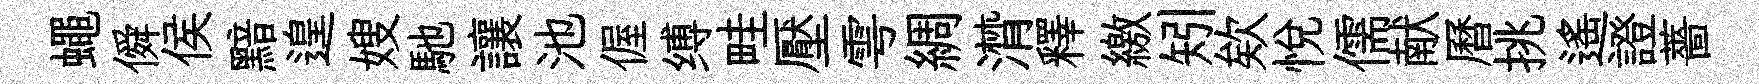
蠅僢侯黯遑嫂馳讓池偓缚畦壓雩綢潸釋繳矧欸悦儒献曆挑遙證薔